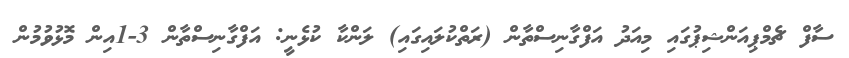
ސާފް ޗެމްޕިއަންޝިޕުގައި މިއަދު އަފްގާނިސްތާން (ރަތްކުލައިގައި) ލަންކާ ކުޅެނީ: އަފްގާނިސްތާން 3-1އިން މޮޅުވުމުން